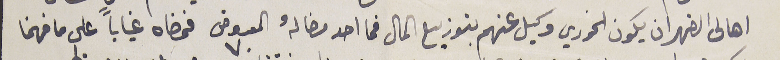
اهالى الضهر ان يكون الخوري وكيل عنهم بتوزيع المال فما احد مضا لهُ المعروض فمضاه غياباً على ما فهمنا